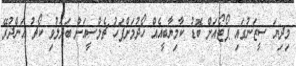
މިދިޔަ ސީޒަނުގައި ޕޯޓޯއަށް ބޮޑު ކާމިޔާބީއެއް ހޯދުމަށްފަހު ޗެލްސީއަށް ބަދަލުވި ކޯޗު އަންދުރޭ